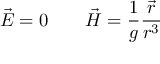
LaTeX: \vec { E } = 0 \qquad \vec { H } = \frac { 1 } { g } \frac { \vec { r } } { r ^ { 3 } }